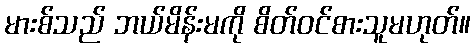
မားစ်သည် ဘယ်မိန်းမကို စိတ်ဝင်စားသူမဟုတ်။